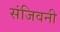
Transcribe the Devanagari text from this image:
संजिवनी